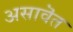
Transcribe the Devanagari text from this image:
असावॆत